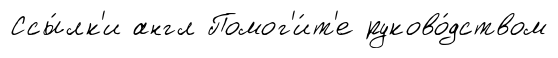
Ссы́лк'и англ Помог'и́т'е руково́дством